Indian journal of veterinary science and animal husbandry - Volume 10,
Year: 1940
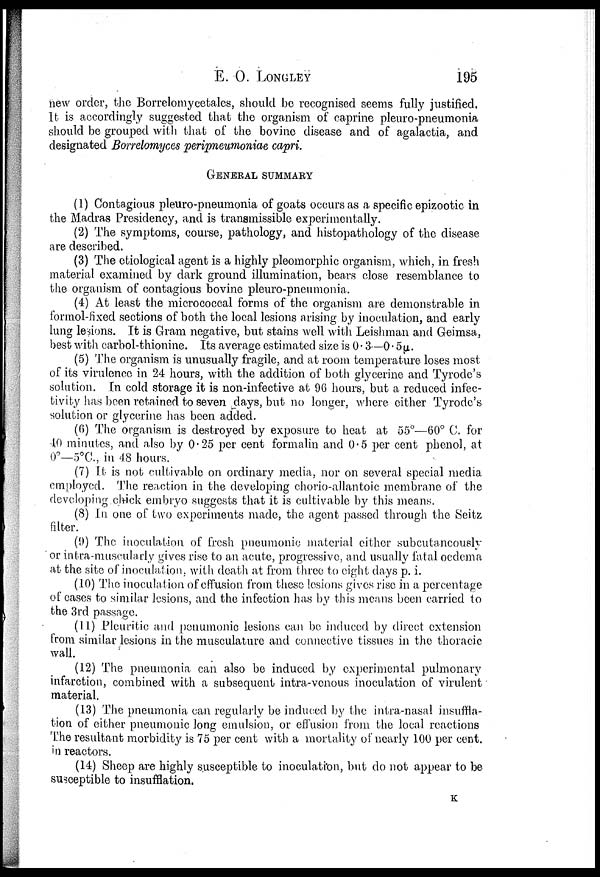
E.
O.
LONGLEY
195
new order, the Borrelomycetalcs, should be recognised seems fully justified.
It is accordingly suggested that the organism of caprine pleuro-pneumonia
should be grouped with that of the bovine disease and of agalactia, and
designated Borrebmyces peripneumoniae capri.
GENERAL SUMMARY
(1) Contagious pleuro-pneumonia of goats occurs as a specific epizootic in
the Madras Presidency, and is transmissible experimentally.
(2) The symptoms, course, pathology, and histopathology of the disease
are described.
(3) The etiological agent is a highly pleomorphic organism, which, in fresh
material examined by dark ground illumination, bears close resemblance to
the organism of contagious bovine pleuro-pneumonia.
(4) At least the micrococcal forms of the organism are demonstrable in
formol-fixed sections of both the local lesions arising by inoculation, and early
lung lesions. It is Gram negative, but stains well with Leishman and Geimsa,
best with carbol-thionine. Its average estimated size is 0.3—0.5 µ.
(5) The organism is unusually fragile, and at room temperature loses most
of its virulence in 24 hours, with the addition of both glycerine and Tyrode's
solution. In cold storage it is non-infective at 96 hours, but a reduced infec-
tivity has been retained to seven days, but no longer, where either Tyrode's
solution or glycerine has been added.
(6) The organism is destroyed by exposure to heat at 55°—60° C. for
40 minutes, and also by 0.25 per cent formalin and 0.5 per cent phenol, at
0°—5°C, in 48 hours.
(7) It is not cultivable on ordinary media, nor on several special media
employed. The reaction in the developing chorio-allantoic membrane of the
developing chick embryo suggests that it is cultivable by this means.
(8) In one of two experiments made, the agent passed through the Seitz
filter.
(9) The inoculation of fresh pneumonic material either subcutancously
or intra-muscularly gives rise to an acute, progressive, and usually fatal oedema
at the site of inoculation, with death at from three to eight days p. i.
(10) 'The inoculation of effusion from these lesions gives rise in a percentage
of cases to similar lesions, and the infection has by this means been carried to
the 3rd passage.
(11) Pleuritic and penumonic lesions can be induced by direct extension
from similar lesions in the musculature and connective tissues in the thoracic
wall.
(12) The pneumonia can also be induced by experimental pulmonary
infarction, combined with a subsequent intra-venous inoculation of virulent
material.
(13) The pneumonia can regularly be induced by the intra-nasal insuffla-
tion of either pneumonic long emulsion, or effusion from the local reactions
The resultant morbidity is 75 per cent with a mortality of nearly 100 per cent.
in reactors.
(14) Sheep are highly susceptible to inoculation, but do not appear to be
susceptible to insufflation.
K